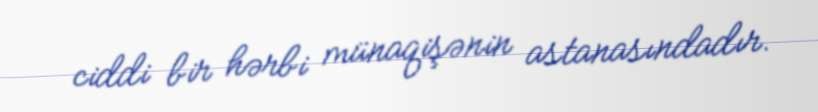
ciddi bir hərbi münaqişənin astanasındadır.